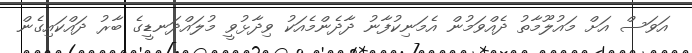
އަވަސް އަށް މައުލޫމާތު ދެއްވަމުން އެމަނިކުފާނު ދާދެންމެއަކު ވިދާޅުވީ މުލައްދަނޑީގެ ބާރު ދައްކައިގެން